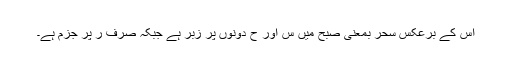
اس کے برعکس سَحَر بمعنی صبح میں س اور ح دونوں پر زبر ہے جبکہ صرف ر پر جزم ہے۔